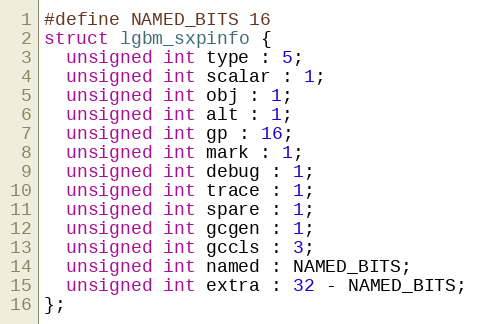
Language: C
#define NAMED_BITS 16
struct lgbm_sxpinfo {
  unsigned int type : 5;
  unsigned int scalar : 1;
  unsigned int obj : 1;
  unsigned int alt : 1;
  unsigned int gp : 16;
  unsigned int mark : 1;
  unsigned int debug : 1;
  unsigned int trace : 1;
  unsigned int spare : 1;
  unsigned int gcgen : 1;
  unsigned int gccls : 3;
  unsigned int named : NAMED_BITS;
  unsigned int extra : 32 - NAMED_BITS;
};